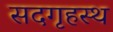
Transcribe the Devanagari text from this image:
सदगृहस्थ